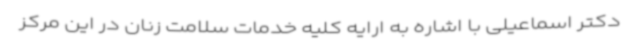
دکتر اسماعیلی با اشاره به ارایه کلیه خدمات سلامت زنان در این مرکز